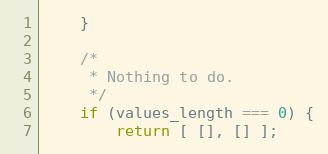
Language: JavaScript
    }

    /*
     * Nothing to do.
     */
    if (values_length === 0) {
        return [ [], [] ];